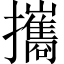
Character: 攜